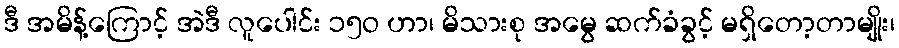
ဒီ အမိန့်ကြောင့် အဲဒီ လူပေါင်း ၁၅ဝ ဟာ၊ မိသားစု အမွေ ဆက်ခံခွင့် မရှိတော့တာမျိုး၊